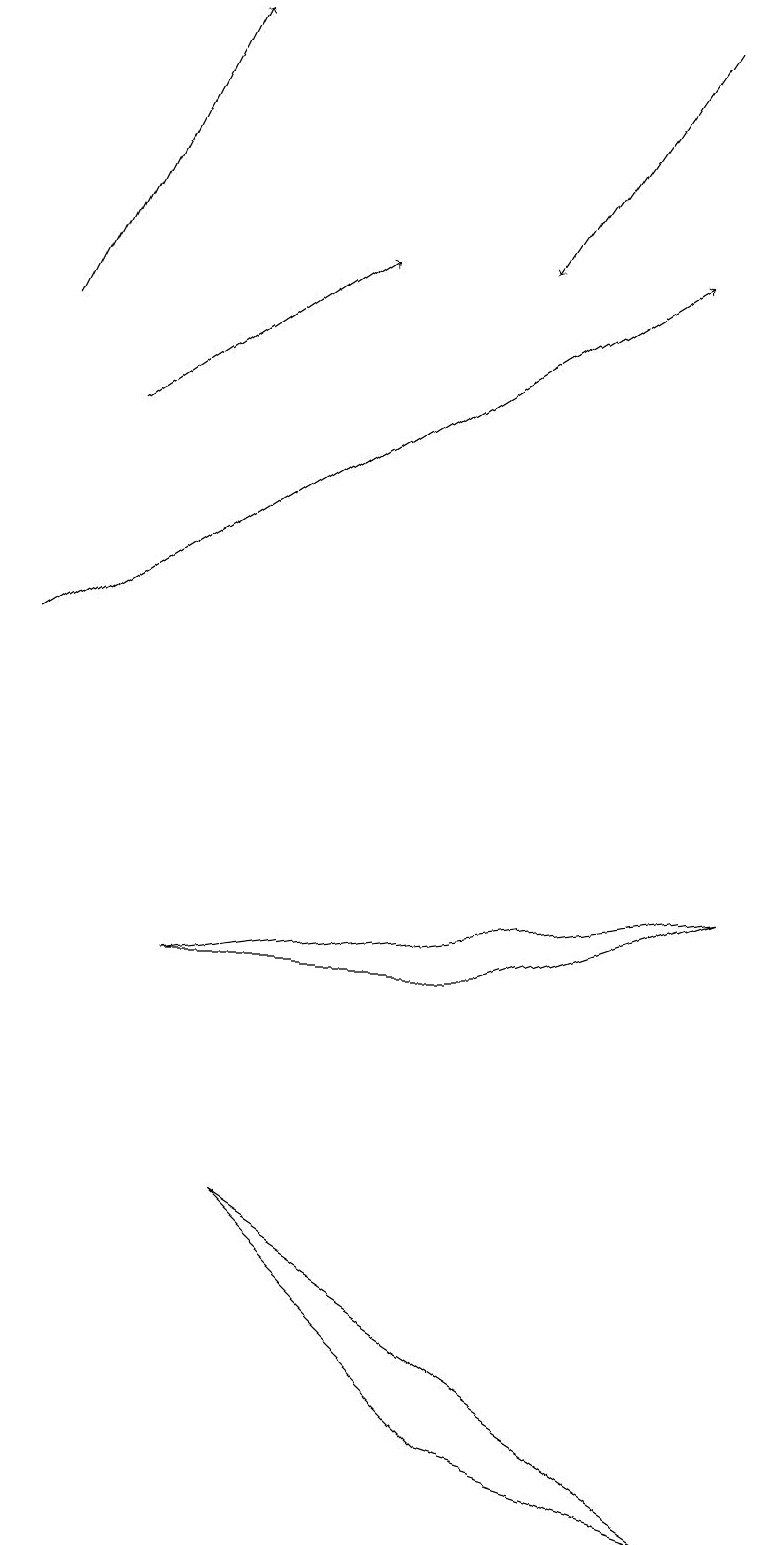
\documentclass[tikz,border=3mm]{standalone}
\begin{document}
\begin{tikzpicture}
\draw[->] (8,19) -- (6,16);
\draw[->] (0,15) -- (2,19);
\draw (6,1) -- (3,4) -- (9,0) -- cycle;
\draw[->] (0,11) -- (8,16);
\draw[->] (1,14) -- (4,16);
\draw (9,8) -- (2,7) -- (6,7) -- cycle;
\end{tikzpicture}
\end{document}